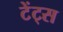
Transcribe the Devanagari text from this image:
टेंट्स